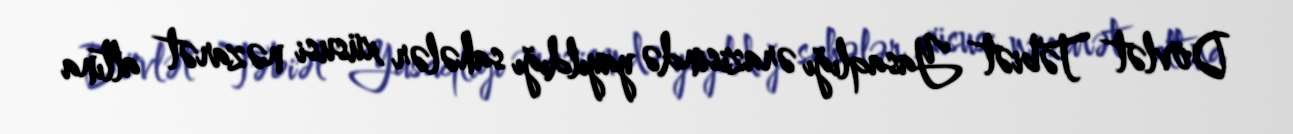
Dövlət Təbiət Yasaqlığı ərazisində yayıldığı sahələr xüsusi nəzarət altına